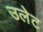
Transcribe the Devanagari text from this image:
उलेट